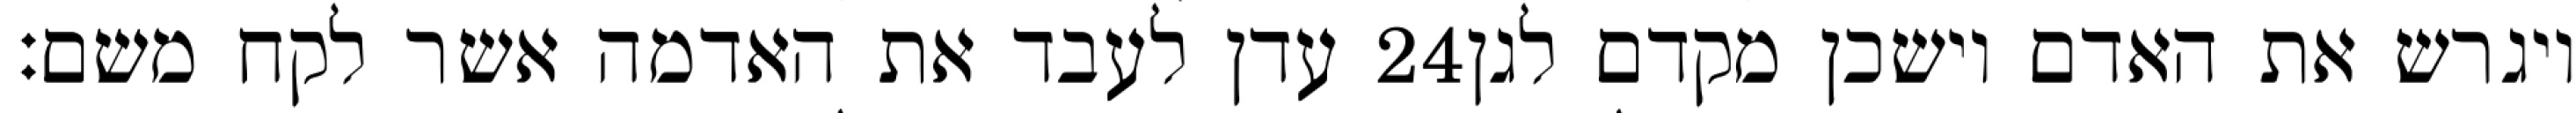
עדן לעבד את האדמה אשר לקח משם׃ ‎24‏ ויגרש את האדם וישכן מקדם לגן